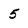
Character: 5